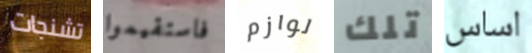
تشنجات فاستقيموا لوازم تلك اساس